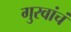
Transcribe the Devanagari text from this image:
गुरवांचं